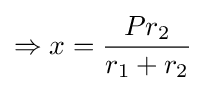
\Rightarrow {x}={\frac {Pr_{2}}{r_{1}+r_{2}}}\,\!